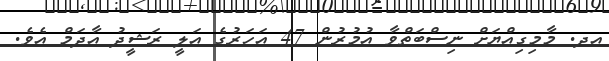
އދ. މާމިގިއްޔަށް ނިސްބަތްވާ އުމުރުން 47 އަހަރުގެ އަލީ ރަޝީދު އާދަމް އެވެ.